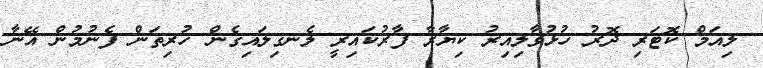
ލިއަމް ކޮޓަރި ދޮރު ހުޅުވާލިއިރު ކިޔާރާ ފާރުކައިރީ ލެނގިލައިގެން ހުރިތަން ފެނުމުން އޭނާ